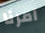
امرنا